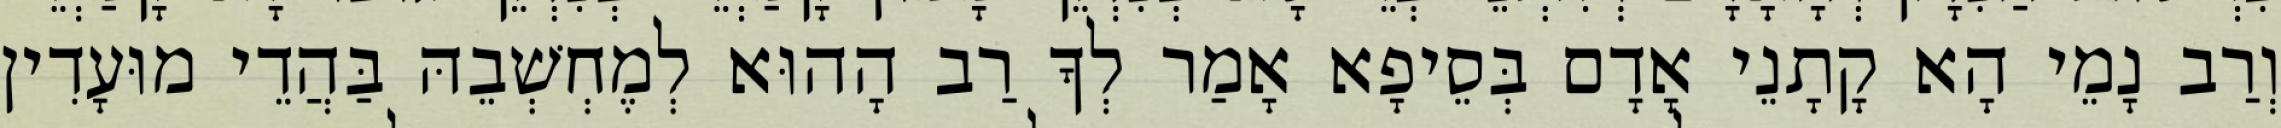
וְרַב נָמֵי הָא קָתָנֵי אָדָם בְּסֵיפָא אָמַר לְךָ רַב הָהוּא לְמֶחְשְׁבֵהּ בַּהֲדֵי מוּעָדִין